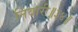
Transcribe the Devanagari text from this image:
निवारी॥३४॥